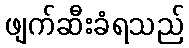
ဖျက်ဆီးခံရသည်